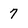
Character: 7